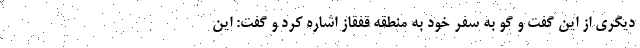
دیگری از این گفت و گو به سفر خود به منطقه قفقاز اشاره کرد و گفت: این